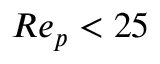
R e _ { p } < 2 5